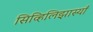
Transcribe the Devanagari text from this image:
सिव्हिलिझास्याँ